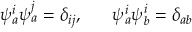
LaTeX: \psi _ { a } ^ { i } \psi _ { a } ^ { j } = \delta _ { i j } , \; \; \; \; \; \; \psi _ { a } ^ { i } \psi _ { b } ^ { i } = \delta _ { a b }